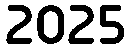
2025